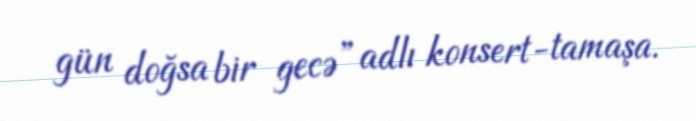
gün doğsa bir gecə” adlı konsert-tamaşa.